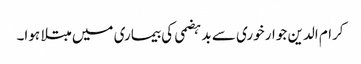
کرام الدین جوار خوری سے بد ہضمی کی بیماری میں مبتلا ہوا۔